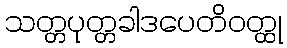
သတ္တပုတ္တခါဒပေတိဝတ္ထု